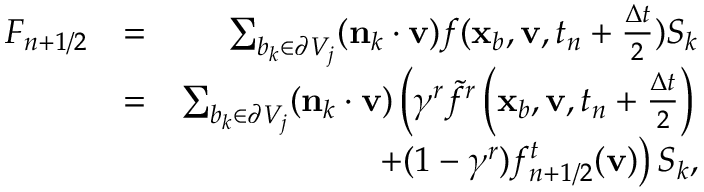
\begin{array} { r l r } { F _ { n + 1 / 2 } } & { = } & { \sum _ { b _ { k } \in \partial V _ { j } } ( \mathbf n _ { k } \cdot \mathbf v ) f ( \mathbf x _ { b } , \mathbf v , t _ { n } + \frac { \Delta t } { 2 } ) S _ { k } } \\ & { = } & { \sum _ { b _ { k } \in \partial V _ { j } } ( \mathbf n _ { k } \cdot \mathbf v ) \left( \gamma ^ { r } \widetilde { f } ^ { r } \left( \mathbf x _ { b } , \mathbf v , t _ { n } + \frac { \Delta t } { 2 } \right) \right. } \\ & { } & { \left. + ( 1 - \gamma ^ { r } ) f _ { n + 1 / 2 } ^ { t } ( \mathbf v ) \right) S _ { k } , } \end{array}